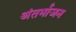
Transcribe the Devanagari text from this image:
अंतर्भाजन